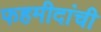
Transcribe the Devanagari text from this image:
फहमीदांची